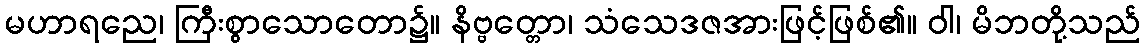
မဟာရညေ၊ ကြီးစွာသောတော၌။ နိဗ္ဗတ္တော၊ သံသေဒဇအားဖြင့်ဖြစ်၏။ ဝါ၊ မိဘတို့သည်